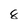
Character: 8